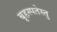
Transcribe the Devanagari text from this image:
बृहस्पतेस्तु